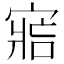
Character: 𡩩